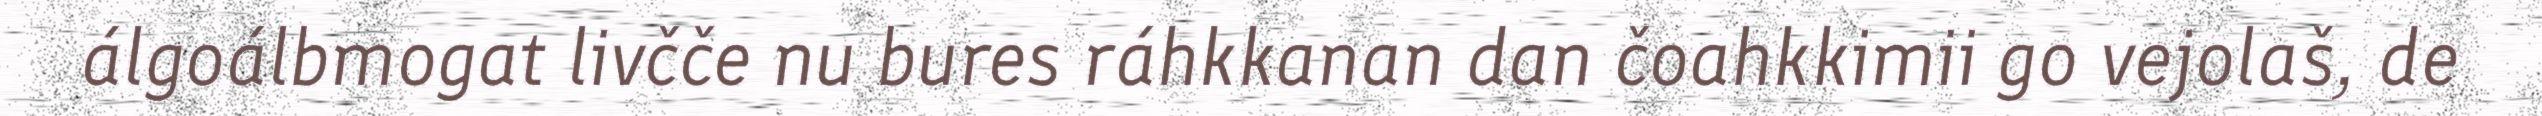
álgoálbmogat livčče nu bures ráhkkanan dan čoahkkimii go vejolaš, de